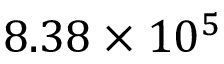
8 . 3 8 \times 1 0 ^ { 5 }